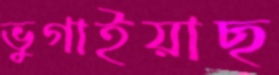
ভুগাইয়াছ